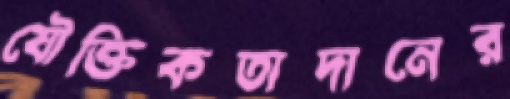
যৌক্তিকতাদানের